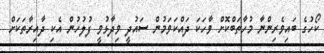
ކޯހުގެ ބައިވެރިންނާ މުހާތަބްކޮށް ވާހަކަ ދައްކަވަމުން ސައުދީ ވިދާޅުވީ ފުލުހުން އެކި ދާއިރާތަކަށް